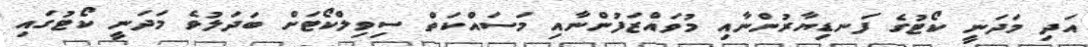
އަދި މަދަނީ ކޯޓުގެ ފަނޑިޔާރުންނާއި މުވައްޒަފުންނާއި މަސައްކަތް ސިވިލްކޯޓަށް ބަދަލުވެ މަދަނީ ކޯޓުގައި